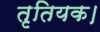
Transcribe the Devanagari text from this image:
तृतियक।